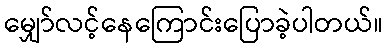
မျှော်လင့်နေကြောင်းပြောခဲ့ပါတယ်။